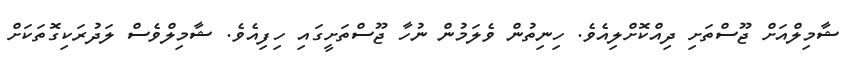
ޝާމިލްއަށް ޖޫސްތަށި ދިއްކޮށްލިއެވެ. ހިނިތުން ވެލަމުން ނުހާ ޖޫސްތަށީގައި ހިފިއެވެ. ޝާމިލްވެސް ލަދުރަކިގޮތަކަށް